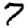
Digit: 7